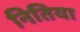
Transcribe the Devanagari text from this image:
नितिया